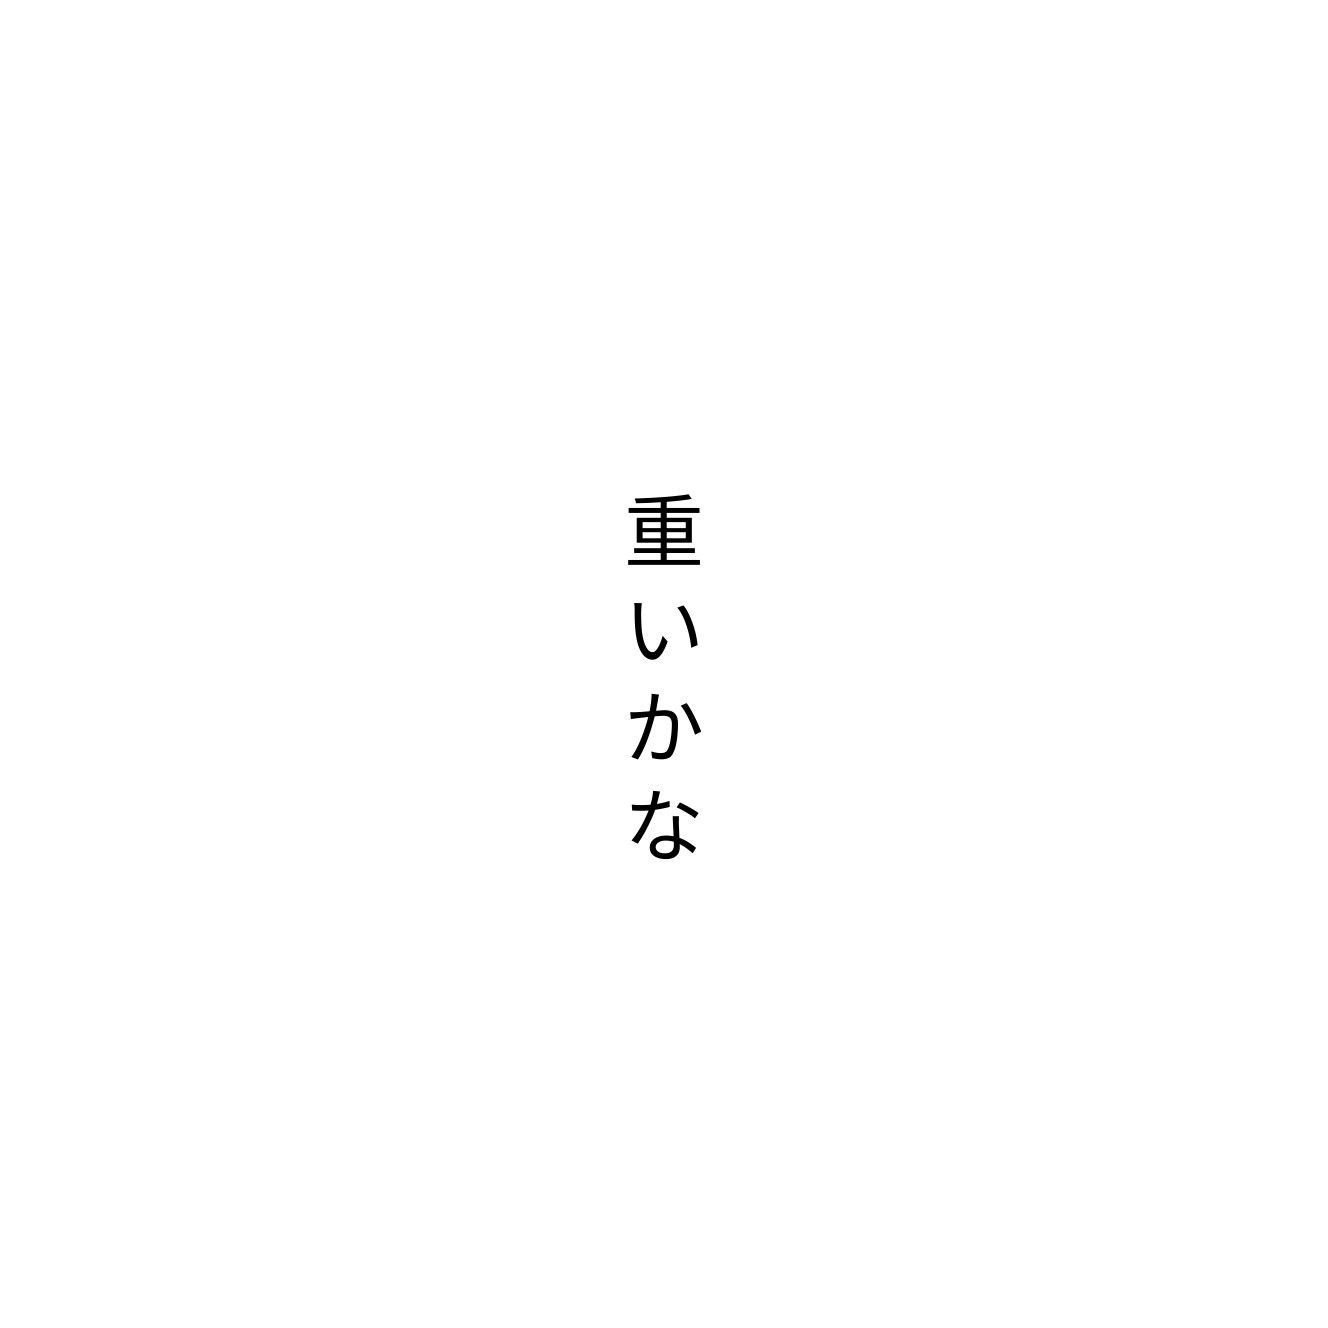
重いかな